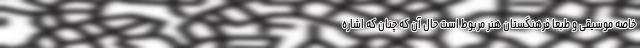
خاصه موسیقی و طبعا فرهنگستان هنر مربوط است حال آن که چنان که اشاره